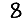
Digit: 8